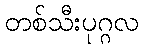
တစ်သီးပုဂ္ဂလ